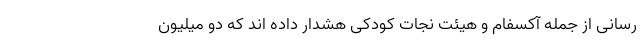
رسانی از جمله آکسفام و هیئت نجات کودکی هشدار داده اند که دو میلیون